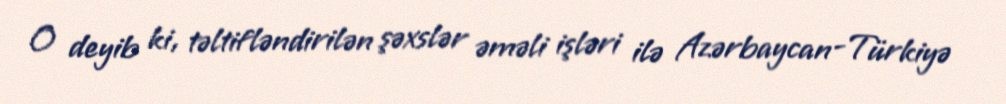
O deyib ki, təltifləndirilən şəxslər əməli işləri ilə Azərbaycan-Türkiyə